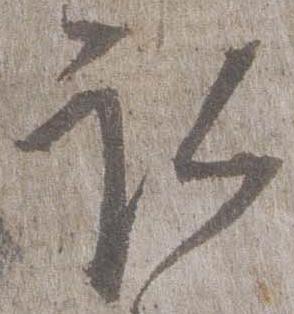
取